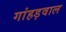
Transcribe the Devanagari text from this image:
गांहड़वाल